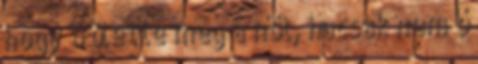
hogy ő ölette meg a nőt, hacsak nem ő